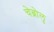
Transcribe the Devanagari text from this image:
चेब्रोलु